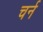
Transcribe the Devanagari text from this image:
चर्न